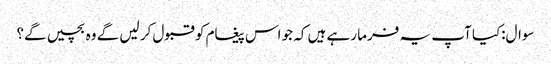
سوال:کیا آپ یہ فرما رہے ہیں کہ جو اس پیغام کو قبول کر لیں گے وہ بچیں گے؟